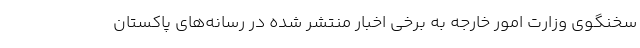
سخنگوی وزارت امور خارجه به برخی اخبار منتشر شده در رسانه‌های پاکستان